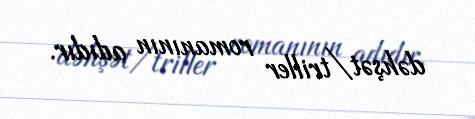
dəhşət/triller romanının adıdır.